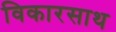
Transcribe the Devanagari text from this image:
विकारसाथ